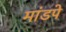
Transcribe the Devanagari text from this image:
मांडपे